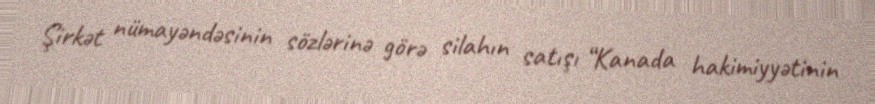
Şirkət nümayəndəsinin sözlərinə görə silahın satışı “Kanada hakimiyyətinin